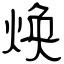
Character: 焕